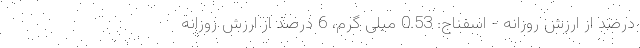
درصد از ارزش روزانه - اسفناج: 0.53 میلی گرم، 6 درصد از ارزش روزانه